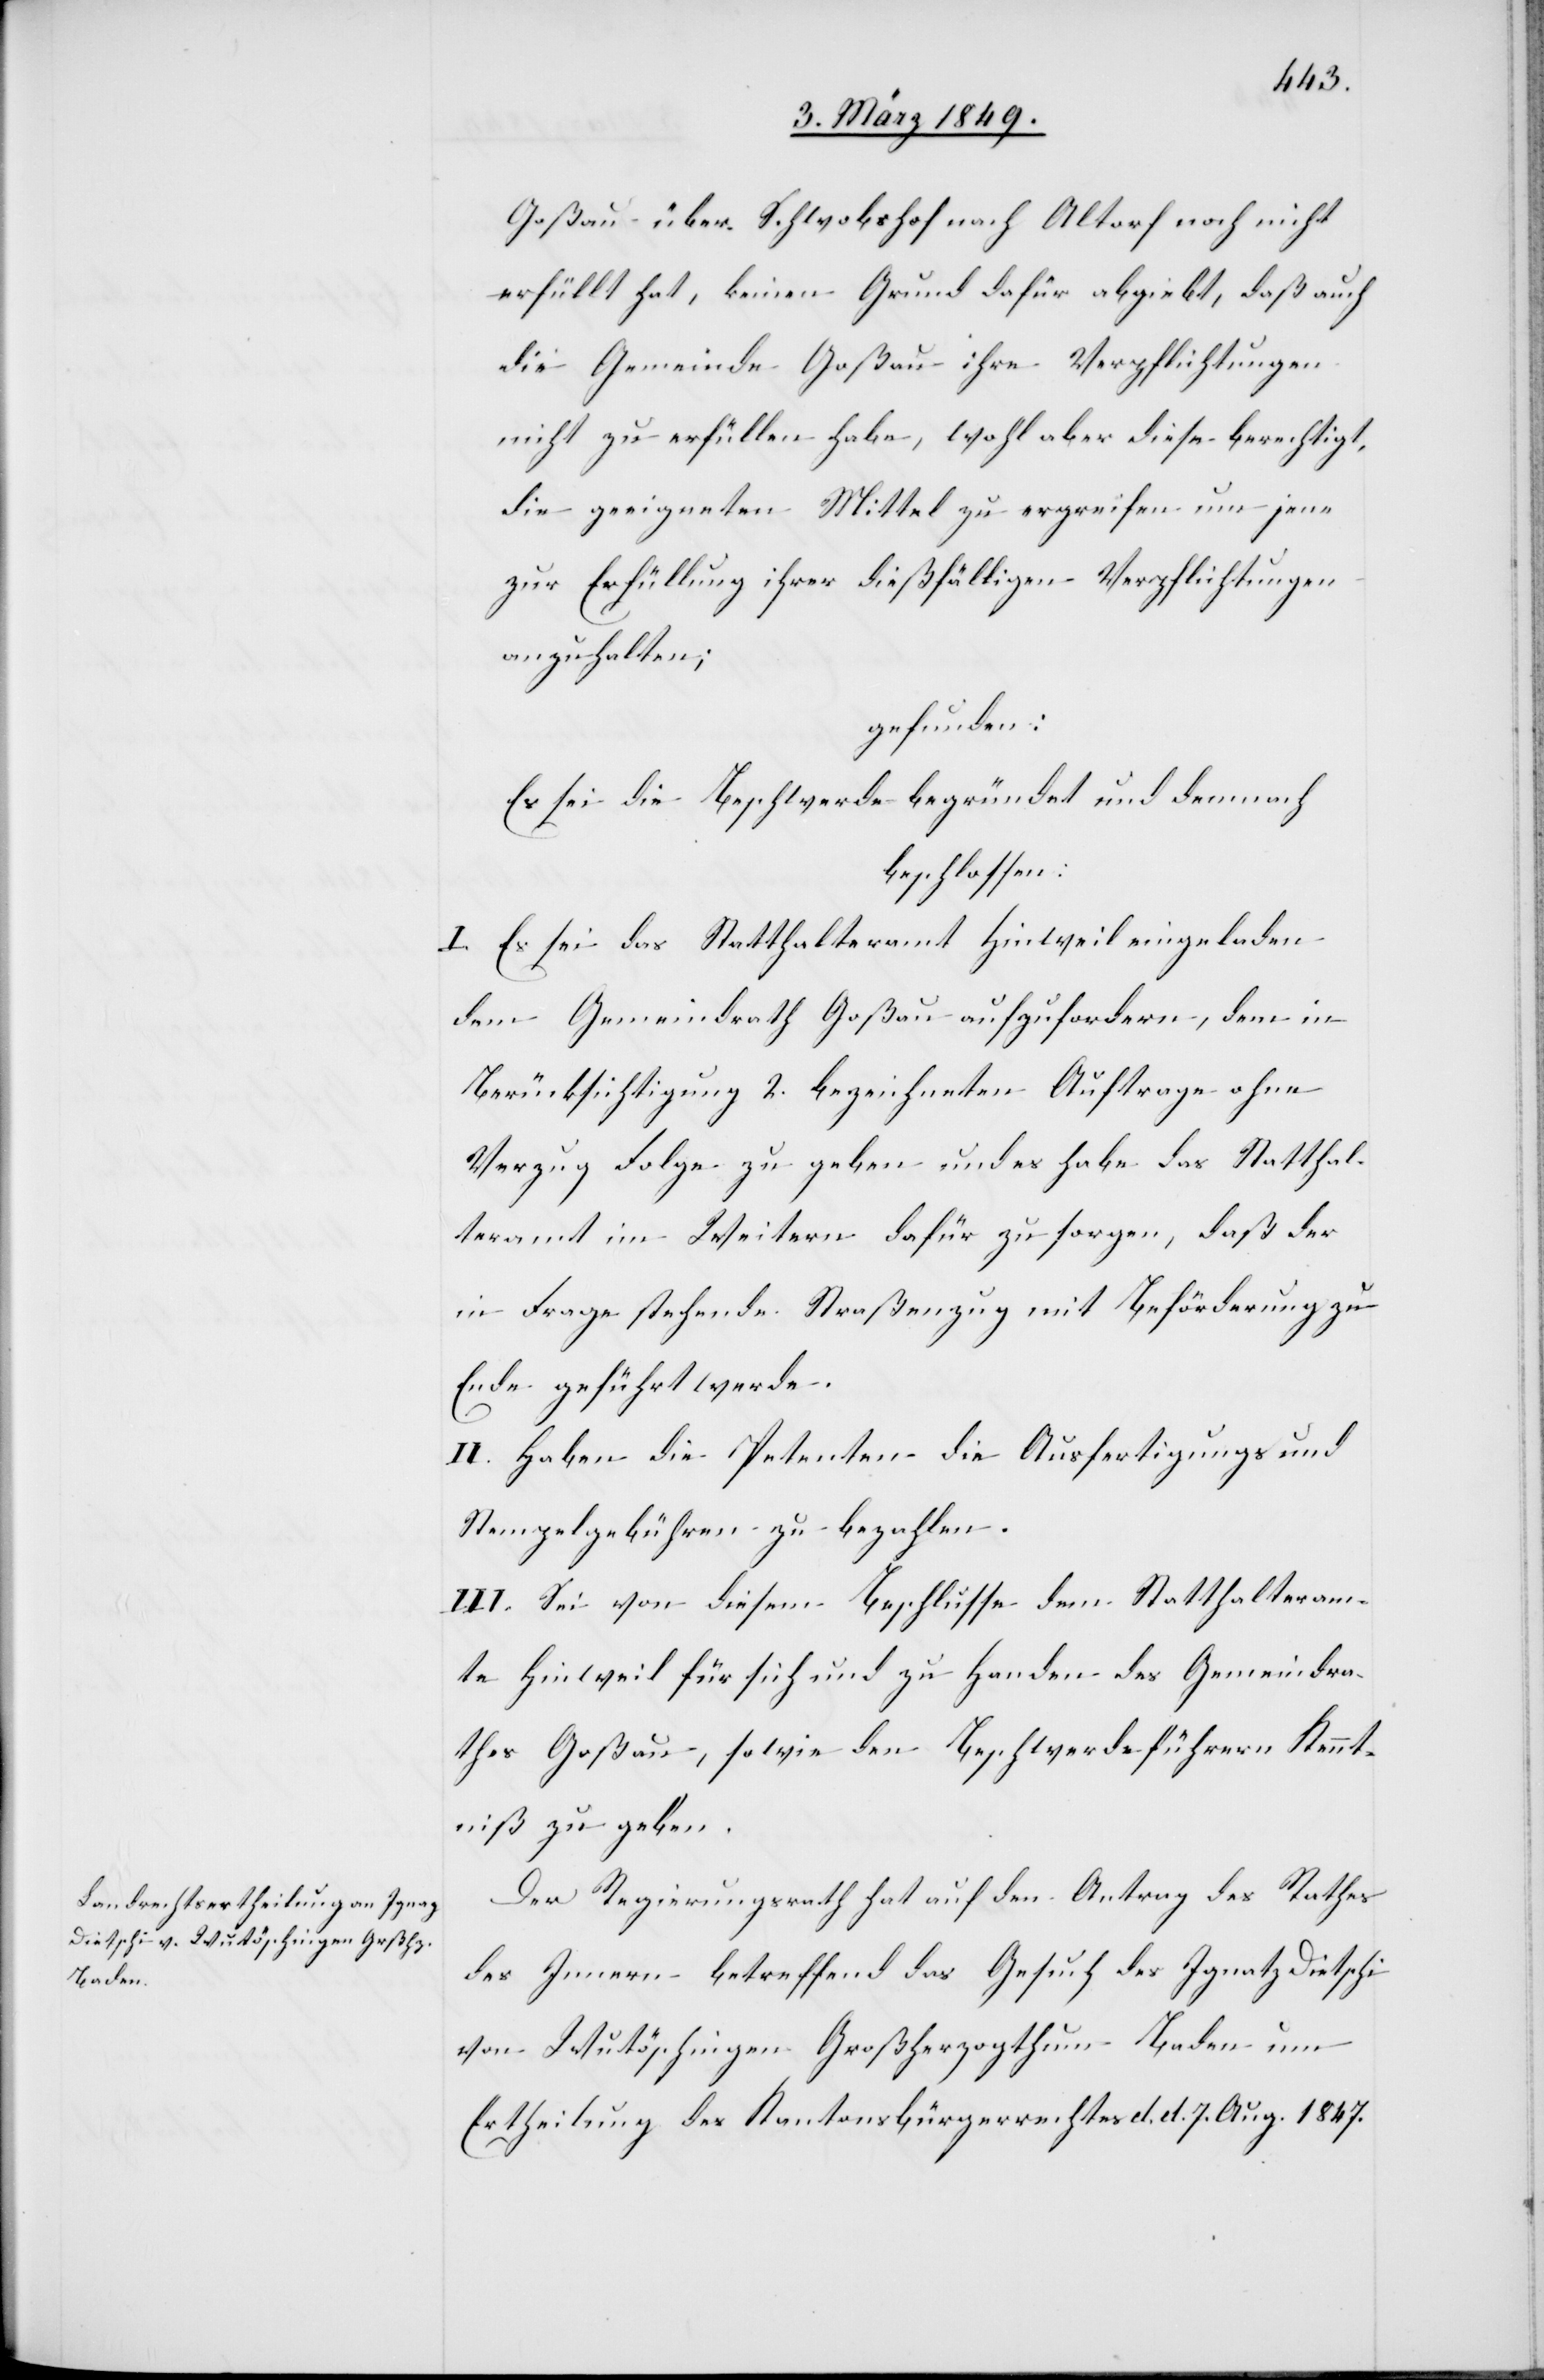
Goßau über Schwobshof nach Altorf noch nicht
erfüllt hat, keinen Grund dafür abgiebt, daß auch
die Gemeinde Goßau ihre Verpflichtungen
nicht zu erfüllen habe, wohl aber diese berechtigt,
die geeigneten Mittel zu ergreifen um jene
zur Erfüllung ihrer dießfälligen Verpflichtungen
anzuhalten;
gefunden:
Es sei die Beschwerde begründet und demnach
beschlossen:
I. Es sei das Statthalteramt Hinweil eingeladen
Gemeindrath Goßau aufzufordern, dem in
Berücksichtigung 2. bezeichneten Auftrage ohne
Verzug Folge zu geben und es habe das Statthal¬
teramt im Weitern dafür zu sorgen, daß der
in Frage stehende Straßenzug mit Beförderung zu
Ende geführt werde.
II. Haben die Petenten die Ausfertigungs[-] und
Stempelgebühren zu bezahlen.
III. Sei von diesem Beschlusse dem Statthalteram¬
te Hinweil für sich und zu Handen des Gemeindra¬
thes Goßau, sowie den Beschwerdeführern Kennt¬
niß zu geben.
Der Regierungsrath hat auf den Antrag des Rathes
des Innern betreffend das Gesuch des Ignatz Dietschi
von Wutöschingen Großherzogthum Baden um
Ertheilung des Kantonsbürgerrechtes d. d. 7. Aug. 1847.